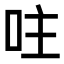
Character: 𠰍